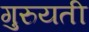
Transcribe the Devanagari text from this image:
गुरुयती